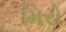
મિરો